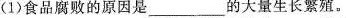
(1)食品腐败的原因是_______的大量生长繁殖。